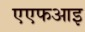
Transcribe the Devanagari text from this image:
एएफआइ